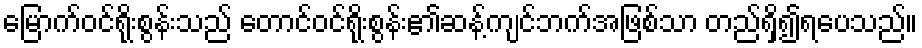
မြောက်ဝင်ရိုးစွန်းသည် တောင်ဝင်ရိုးစွန်း၏ဆန့်ကျင်ဘက်အဖြစ်သာ တည်ရှိ၍ရပေသည်။